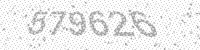
Solution: 679626